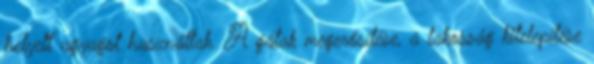
helyett agyagot használtak. A gátak megerősítése, a lakosság kitelepítése